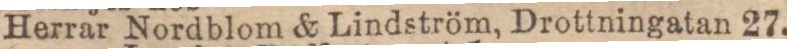
Herrar Nordblom & Lindström, Drottningatan 27.